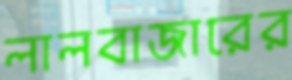
লালবাজারের